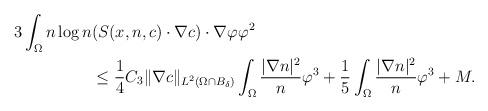
LaTeX: \begin{align*}\begin{aligned}3\int_{\Omega}n\log n & ( S(x,n,c) \cdot \nabla c ) \cdot\nabla \varphi \varphi^{2}\\&\le \frac{1}{4}C_{3} \|\nabla c\|_{L^{2}(\Omega\cap B_{\delta})} \int_{\Omega} \frac{|\nabla n|^{2}}{n}\varphi^{3}+\frac{1}{5}\int_{\Omega} \frac{|\nabla n|^{2}}{n}\varphi^{3}+M.\end{aligned}\end{align*}